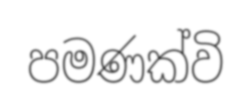
පමණක්වි